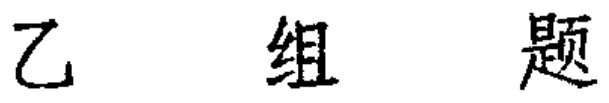
乙 组 题